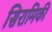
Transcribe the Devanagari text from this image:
सिरामिकी